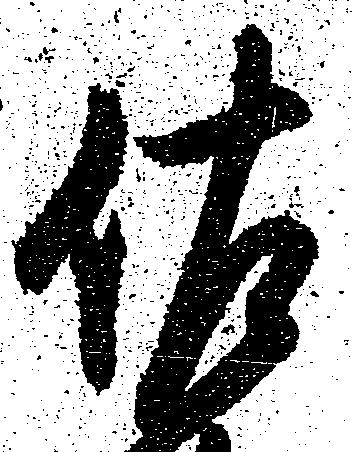
佐